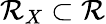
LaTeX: \mathcal{R}_{X}\subset\mathbb{{\mathcal{R}}}